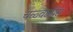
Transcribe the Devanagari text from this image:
चळ्वळीस